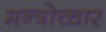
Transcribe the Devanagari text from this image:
मन्त्रोच्चार